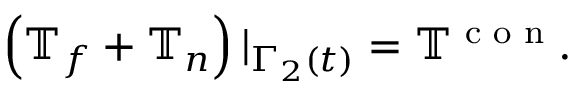
\left( \mathbb { T } _ { f } + \mathbb { T } _ { n } \right) | _ { \Gamma _ { 2 } ( t ) } = \mathbb { T } ^ { \textrm { c o n } } .